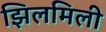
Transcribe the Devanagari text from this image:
झिलमिली